Vaccination Hyderabad 1890-1903 - 1890-1903
Year: 1890
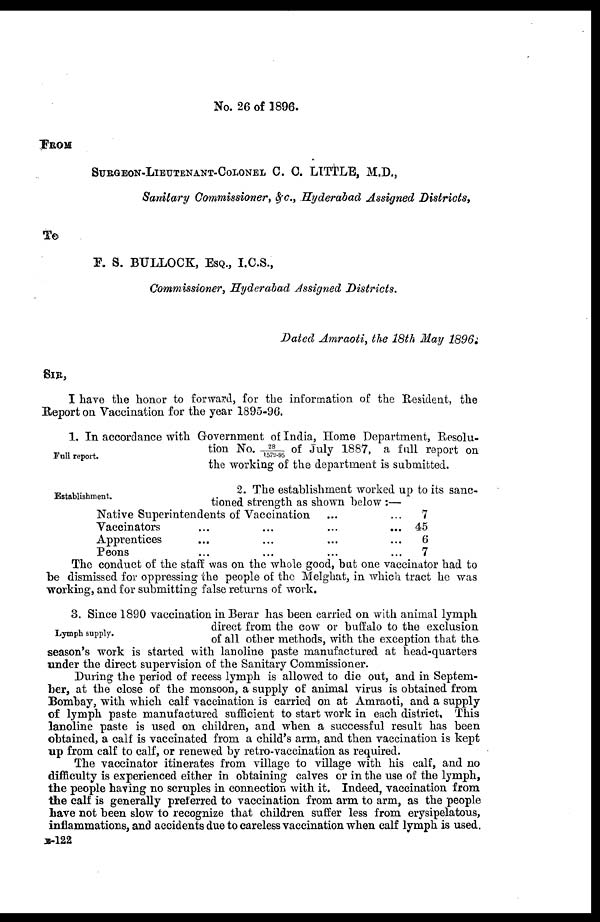
No. 26 of 1896.
FROM
SURGEON-LIEUTENANT-COLONEL C. C. LITTLE, M.D.,
Sanitary Commissioner, &c., Hyderabad Assigned Districts,
To
F. S. BULLOCK, ESQ., I.C.S.,
Commissioner, Hyderabad Assigned Districts.
Dated Amraoti, the 18th May 1896.
SIR,
I have the honor to forward, for the information of the Resident, the
Report on Vaccination for the year 1895-96.
Full report.
1. In accordance with Government of India, Home Department, Resolu-
tion No. 28/1579-95 of July 1887, a full report on
the working of the department is submitted.
Establishment.
2. The establishment worked up to its sanc-
tioned strength as shown below :—
Native Superintendents of vaccination ... ...
Vaccinators
...
...
...
...
Apprentices ... ... ... ...
Peons ... ... ... ...
7
45
6
7
The conduct of the staff was on the whole good, but one vaccinator had to
be dismissed for oppressing the people of the Melghat, in which tract he was
working, and for submitting false returns of work.
Lymph supply.
3. Since 1890 vaccination in Berar has been carried on with animal lymph
direct from the cow or buffalo to the exclusion
of all other methods, with the exception that the.
season's work is started with lanoline paste manufactured at head-quarters
under the direct supervision of the Sanitary Commissioner.
During the period of recess lymph is allowed to die out, and in Septem-
ber, at the close of the monsoon, a supply of animal virus is obtained from
Bombay, with which calf vaccination is carried on at Amraoti, and a supply
of lymph paste manufactured sufficient to start work in each district. This
lanoline paste is used on children, and when a successful result has been
obtained, a calf is vaccinated from a child's arm, and then vaccination is kept
up from calf to calf, or renewed by retro-vaccination as required.
The vaccinator itinerates from village to village with his calf, and no
difficulty is experienced either in obtaining calves or in the use of the lymph,
the people having no scruples in connection with it. Indeed, vaccination from
the calf is generally preferred to vaccination from arm to arm, as the people
have not been slow to recognize that children suffer less from erysipelatous,
inflammations, and accidents due to careless vaccination when calf lymph is used.
B-122